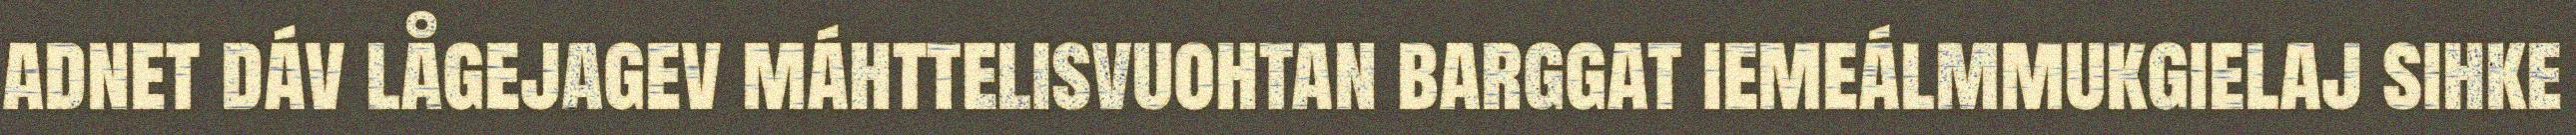
adnet dáv lågejagev máhttelisvuohtan barggat iemeálmmukgielaj sihke